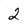
Character: 2